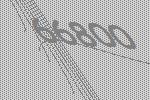
66800